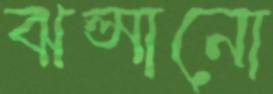
ঝল্‌সানো